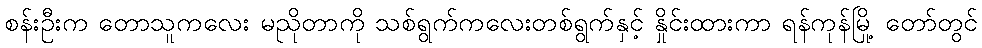
စန်းဦးက တောသူကလေး မညိုတာကို သစ်ရွက်ကလေးတစ်ရွက်နှင့် နှိုင်းထားကာ ရန်ကုန်မြို့ တော်တွင်